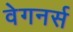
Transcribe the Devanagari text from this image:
वेगनर्स